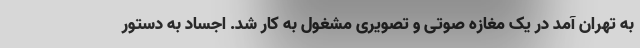
به تهران آمد در یک مغازه صوتی و تصویری مشغول به کار شد. اجساد به دستور